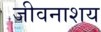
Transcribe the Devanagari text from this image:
जीवनाशय